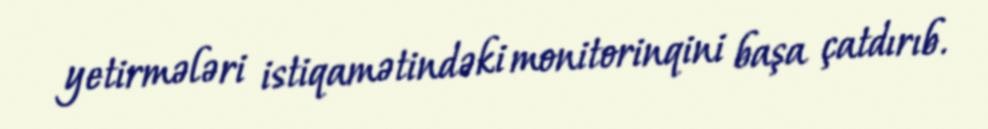
yetirmələri istiqamətindəki monitorinqini başa çatdırıb.